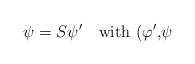
LaTeX: \begin{align*}\psi =S\psi ^{\prime \quad }\hbox{with (}\varphi ^{\prime }\hbox{,}\psi\end{align*}